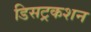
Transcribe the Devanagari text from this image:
डिसट्रकशन